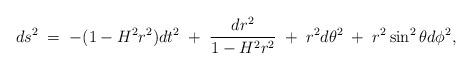
LaTeX: \begin{align*}ds^{2}\;=\;-(1-H^{2}r^{2})dt^{2}\;+\;\frac{dr^{2}}{1-H^{2}r^{2}}\;+\;r^{2}d\theta^{2}\;+\;r^{2}\sin^{2}\theta d\phi^{2},\end{align*}